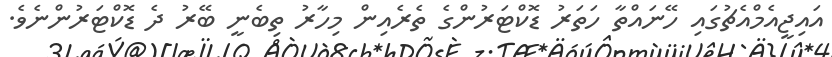
އައިޖީއެމްއެޗުގައި ހޭނައްތާ ހަތަރު ޑޮކްޓަރުންގެ ތެރެއިން މިހާރު ތިބެނީ ބޭރު ދެ ޑޮކްޓަރުންނެވެ.